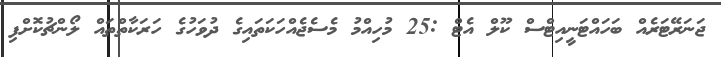
ޖަނަރޭޓަރެއް ބަހައްޓަނީއިޓްސް ކޫލް އެޓް :25 މުހިއްމު މެސެޖެއްހަކަތައިގެ ދުވަހުގެ ހަރަކާތްތައް ލޯންޗުކޮށްފި